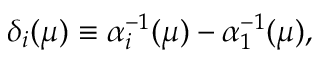
\delta _ { i } ( \mu ) \equiv \alpha _ { i } ^ { - 1 } ( \mu ) - \alpha _ { 1 } ^ { - 1 } ( \mu ) ,